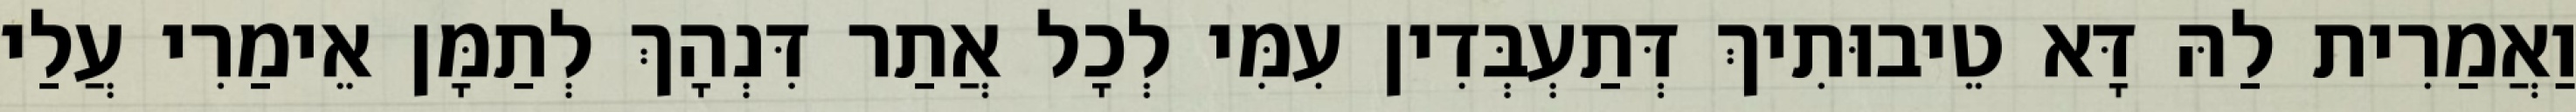
וַאֲמַרִית לַהּ דָּא טֵיבוּתִיךְ דְּתַעְבְּדִין עִמִּי לְכָל אֲתַר דִּנְהָךְ לְתַמָּן אֵימַרִי עֲלַי